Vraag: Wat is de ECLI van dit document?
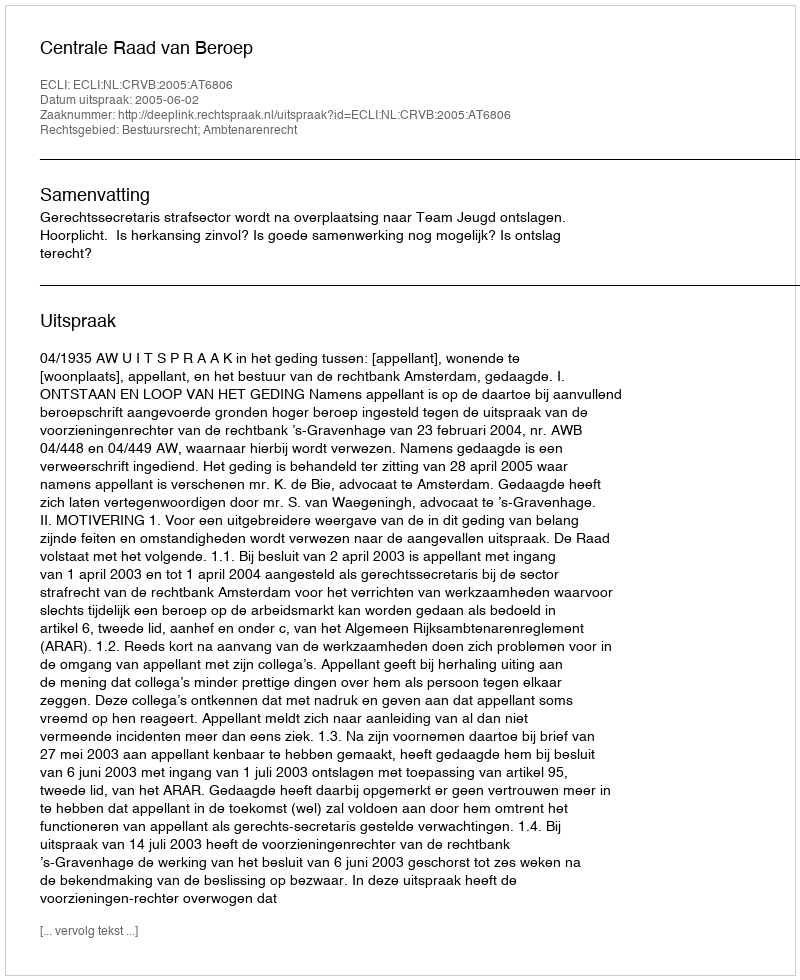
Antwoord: ECLI:NL:CRVB:2005:AT6806